Leaving Certificate Examination, 1911
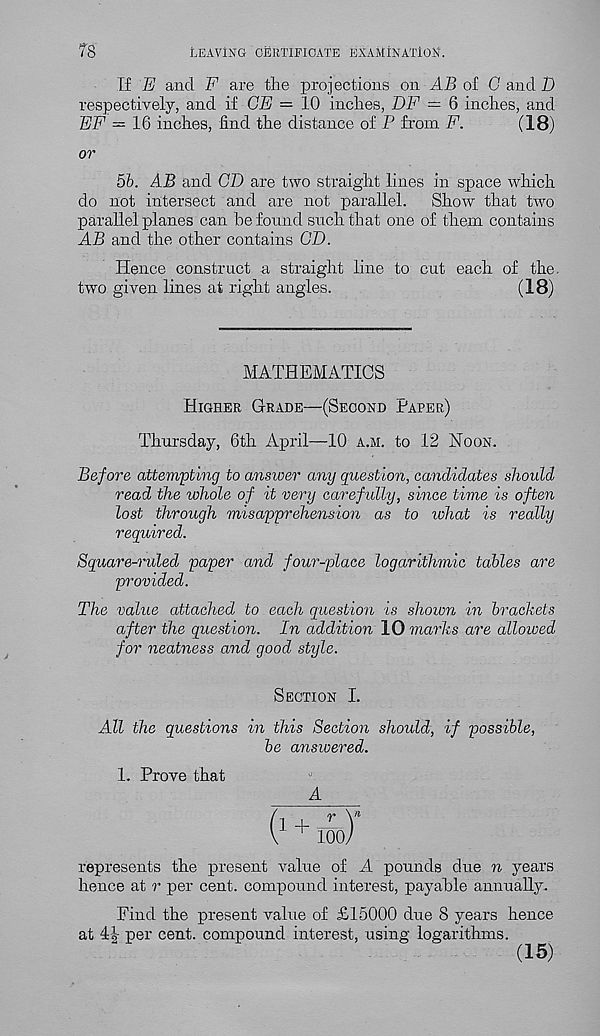
78
LEAVING CERTIFICATE EXAMINATION.
If E and F are the projections on AB of G and D
respectively, and if GE = 10 inches, DF = 6 indies, and
EF = 16 inches, find the distance of P from F.
(18)
or
5b. AB and CD are two straight lines in space which
do not intersect and are not parallel.
Show that two
parallel planes can be found such that one of them contains
AB and the other contains CD.
Hence construct a straight line to cut each of the.
two given lines at right angles.
(18)
MATHEMATICS
Higher Grade—(Second Paper)
Thursday, 6th April—10 a.m. to 12 Noon.
Before attempting to answer any question, candidates should
read the whole of it very carefully, since time is often
lost through misapprehension as to ivhat is really
required.
Square-ruled paper and foui'-place logarithmic tables are
provided.
The value attached to each question is shown in brackets
after the question. In addition 10 marks are allowed
for neatness and good style.
Section I.
All the questions in this Section should, if possible,
be answered.
1. Prove that
A
represents the present value of A pounds due n years
hence at r per cent, compound interest, payable annually.
Find the present value of £15000 due 8 years hence
at 4| per cent, compound interest, using logarithms.